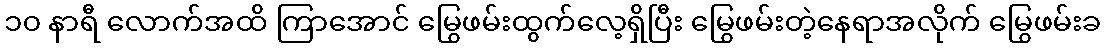
၁၀ နာရီ လောက်အထိ ကြာအောင် မြွေဖမ်းထွက်လေ့ရှိပြီး မြွေဖမ်းတဲ့နေရာအလိုက် မြွေဖမ်းခ